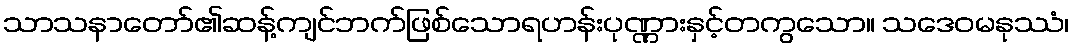
သာသနာတော်၏ဆန့်ကျင်ဘက်ဖြစ်သောရဟန်းပုဏ္ဏားနှင့်တကွသော။ သဒေဝမနုဿံ၊